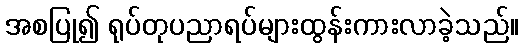
အစပြု၍ ရုပ်တုပညာရပ်များထွန်းကားလာခဲ့သည်။